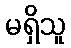
မရှိသူ